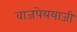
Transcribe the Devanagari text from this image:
वाजपेययाजी